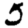
Digit: 5